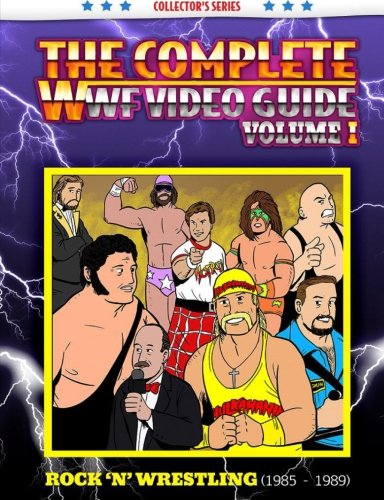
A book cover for The Complete Wwf Video Guide Volume I; James Dixon; Sports & Outdoors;